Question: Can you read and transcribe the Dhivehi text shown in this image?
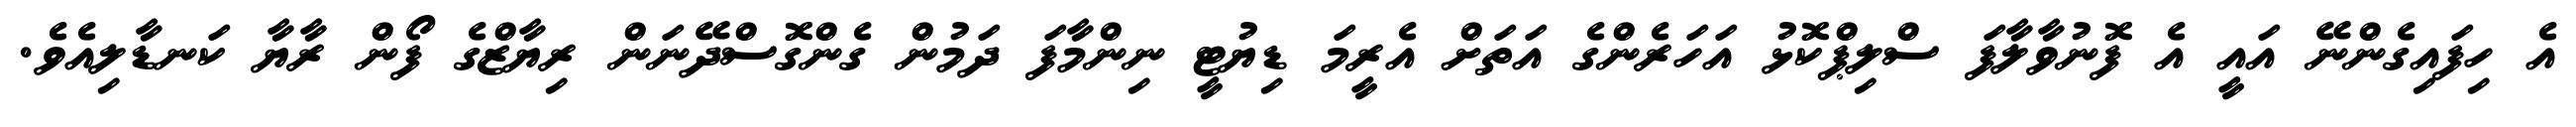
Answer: އެ ހިފައިގެންނޭ އައީ އެ ފޮނުވާލާފަ ސްލިޕްކޮޅު އަހަރެންގެ އަތަށް އެރީމަ ޑިޔުޓީ ނިންމާފަ ދަމުން ގެންގޮސްދޭނަން ރިޔާޒްގެ ފޯން ރާޔާ ކަނޑާލިއެވެ.